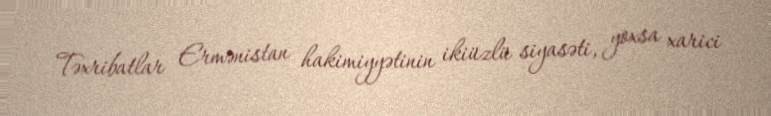
Təxribatlar Ermənistan hakimiyyətinin ikiüzlü siyasəti, yoxsa xarici